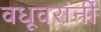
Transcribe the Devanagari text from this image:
वधूवरांनीं